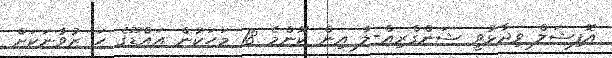
އޮފިޝަލް ވިދާޅުވީ ޝަންގްރިއް-ލާ އިން ކޮންމެ 18 މަހަކުން އައްޑޫގެ ހަ ޒުވާނަކަށް